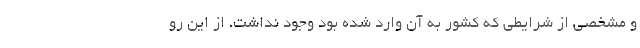
و مشخصی از شرایطی که کشور به آن وارد شده بود وجود نداشت، از این رو